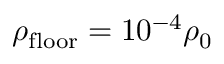
\rho _ { \mathrm { f l o o r } } = 1 0 ^ { - 4 } \rho _ { 0 }